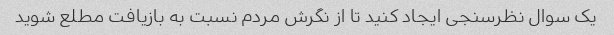
یک سوال نظرسنجی ایجاد کنید تا از نگرش مردم نسبت به بازیافت مطلع شوید